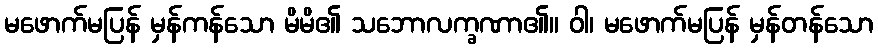
မဖောက်မပြန် မှန်ကန်သော မိမိ၏ သဘောလက္ခဏာ၏။ ဝါ၊ မဖောက်မပြန် မှန်တန်သော